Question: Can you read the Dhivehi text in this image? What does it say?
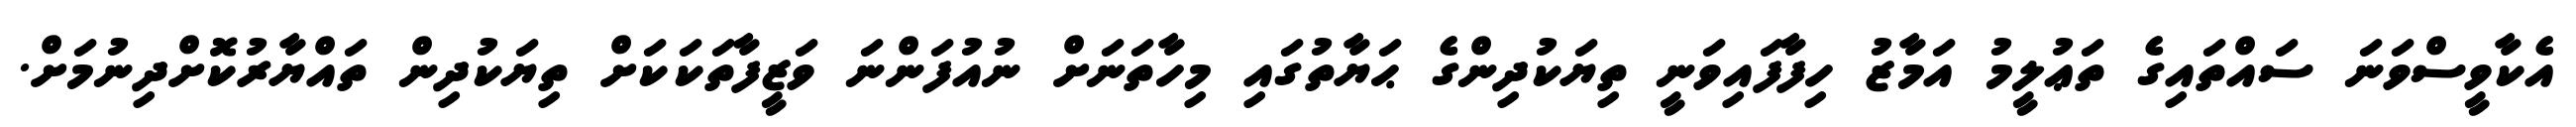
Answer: އެކާވީސްވަނަ ސައްތައިގެ ތަޢުލީމު އަމާޒު ހިފާފައިވަނީ ތިޔަކުދިންގެ ޙަޔާތުގައި މިހާތަނަށް ނުއުފަންނަ ވަޒީފާތަކަކަށް ތިޔަކުދިން ތައްޔާރުކޮށްދިނުމަށް.